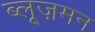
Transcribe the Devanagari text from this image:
ब्लूज़मन